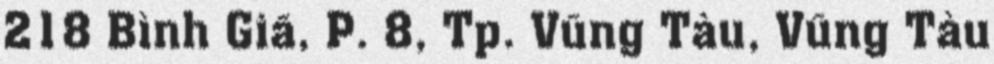
218 Bình Giã, P. 8, Tp. Vũng Tàu, Vũng Tàu